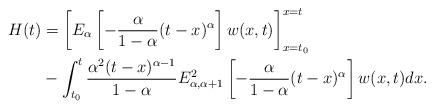
LaTeX: \begin{align*}H(t) &= \left[ E_\alpha\left[ -\dfrac{\alpha}{1-\alpha}(t-x)^{\alpha}\right]w(x,t) \right]^{x=t}_{x=t_0}\\&-\int^{t}_{t_{0}}\dfrac{\alpha^2(t-x)^{\alpha-1}}{1-\alpha} E_{\alpha,\alpha+1}^{2} \left[ -\dfrac{\alpha}{1-\alpha}(t-x)^{\alpha}\right]w(x,t) dx.\end{align*}